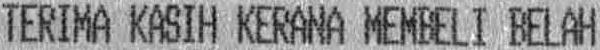
TERIMA KASIH KERANA MEMBELI BELAH